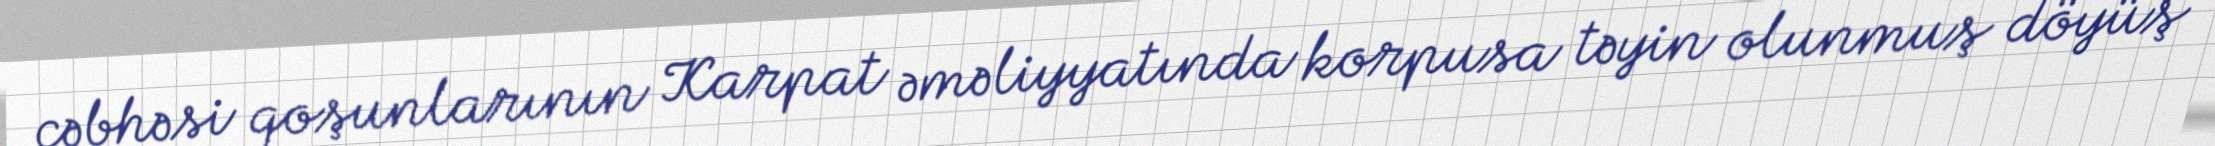
cəbhəsi qoşunlarının Karpat əməliyyatında korpusa təyin olunmuş döyüş